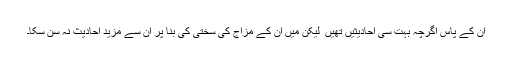
ان کے پاس اگرچہ بہت سی احادیثیں تھیں ٗ لیکن میں ان کے مزاج کی سختی کی بنا پر ان سے مزید احادیث نہ سن سکا۔